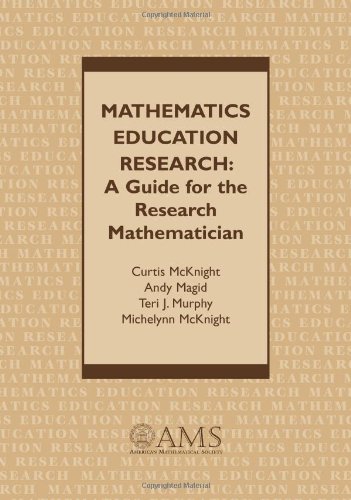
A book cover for Mathematics Education Research: A Guide for the Research Mathematician; Curtis McKnight; Science & Math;